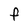
Character: f